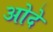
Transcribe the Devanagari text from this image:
ओदे